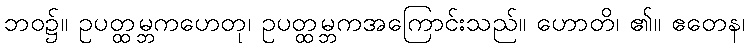
ဘဝ၌။ ဥပတ္ထမ္ဘကဟေတု၊ ဥပတ္ထမ္ဘကအကြောင်းသည်။ ဟောတိ၊ ၏။ ဧတေန၊